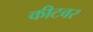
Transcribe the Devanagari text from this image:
कीटवर